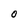
Character: O